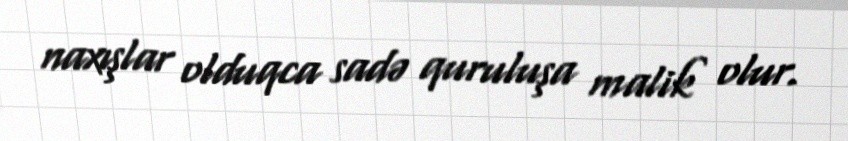
naxışlar olduqca sadə quruluşa malik olur.